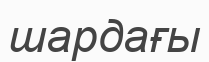
шардағы